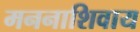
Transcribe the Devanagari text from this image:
मननाशिवाय